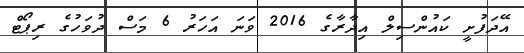
އޭދަފުށީ ކައުންސިލް އިދާރާގެ 2016 ވަނަ އަހަރު 6 މަސް ދުވަހުގެ ރިޕޯޓް